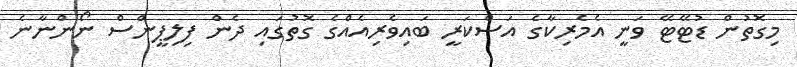
މިގޮތުން ޑުޓޭޓޭ ވަނީ އެމެރިކާގެ އަސްކަރީ ބައިވެރިއެއްގެ ގޮތުގައި ދެން ފިލިޕީންސް ނޯންނާނެ